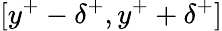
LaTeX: [y^{+}-\delta^{+},y^{+}+\delta^{+}]